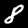
Label: 8